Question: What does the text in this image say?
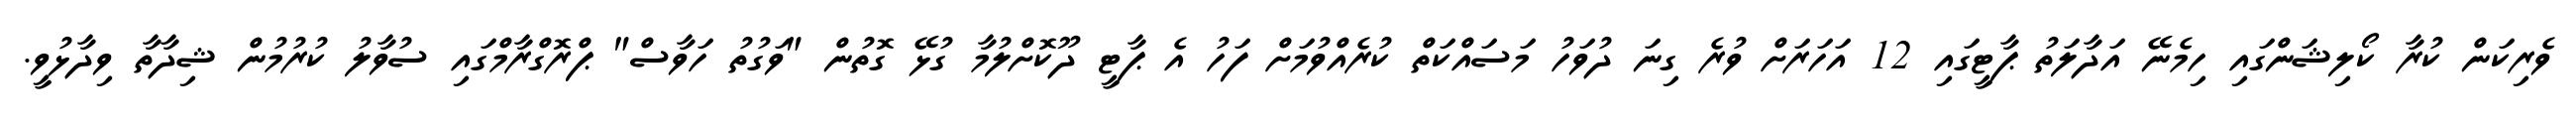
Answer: ވެރިކަން ކުރާ ކޯލިޝަންގައި ހިމެނޭ އަދާލަތު ޕާޓީގައި 12 އަހަރަށް ވުރެ ގިނަ ދުވަހު މަސައްކަތް ކުރެއްވުމަށް ފަހު އެ ޕާޓީ ދޫކޮށްލުމާ ގުޅޭ ގޮތުން "ވަގުތު ހަވާސް" ޕްރޮގްރާމްގައި ސުވާލު ކުރުމުން ޝިދާތާ ވިދާޅުވީ.